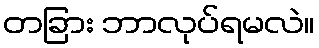
တခြား ဘာလုပ်ရမလဲ။